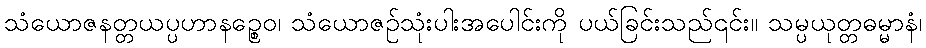
သံယောဇနတ္တယပ္ပဟာနဉ္စေဝ၊ သံယောဇဉ်သုံးပါးအပေါင်းကို ပယ်ခြင်းသည်၎င်း။ သမ္ပယုတ္တဓမ္မာနံ၊